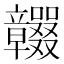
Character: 𥫕